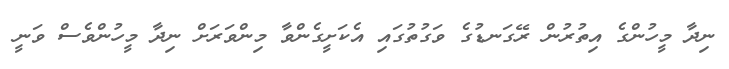
ނިދާ މީހުންގެ އިތުރުން ރޭގަނޑުގެ ވަގުތުގައި އެކަށީގެންވާ މިންވަރަށް ނިދާ މީހުންވެސް ވަނީ